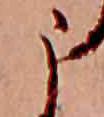
う